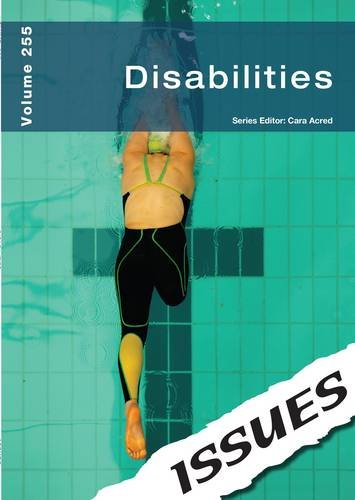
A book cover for Disabilities (Issues Series); Teen & Young Adult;